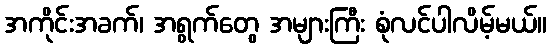
အကိုင်းအခက်၊ အရွက်တွေ အများကြီး စုံလင်ပါလိမ့်မယ်။